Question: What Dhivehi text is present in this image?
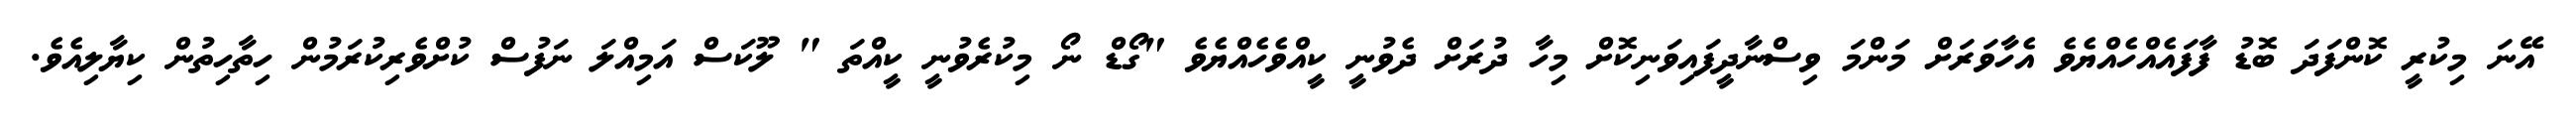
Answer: އޭނަ މިކުރީ ކޮންފަދަ ބޮޑު ފާފައެއްހެއްޔެވެ އެހާވަރަށް މަންމަ ވިސްނާދީފައިވަނިކޮށް މިހާ ދުރަށް ދެވުނީ ކީއްވެހެއްޔެވެ "ގޯޑް ނޯ މިކުރެވުނީ ކީއްތަ " ލޫކަސް އަމިއްލަ ނަފުސް ކުށްވެރިކުރަމުން ހިތާހިތުން ކިޔާލިއެވެ.